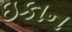
ઇકાન